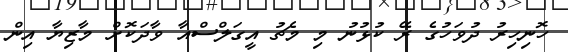
ހޮނިހިރު ދުވަހުގެ ރޭ ކުޅުނު މި މެޗު އީގަލްސްއާ ވާދަކޮށް މާޒިޔާ އިން